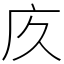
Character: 㡱